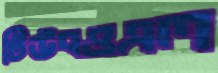
টিউবওএল